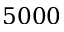
5 0 0 0